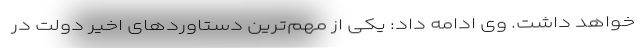
خواهد داشت. وی ادامه داد: یکی از مهم‌ترین دستاوردهای اخیر دولت در